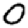
Digit: 0